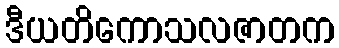
ဒီယတိကောသလဇာတက